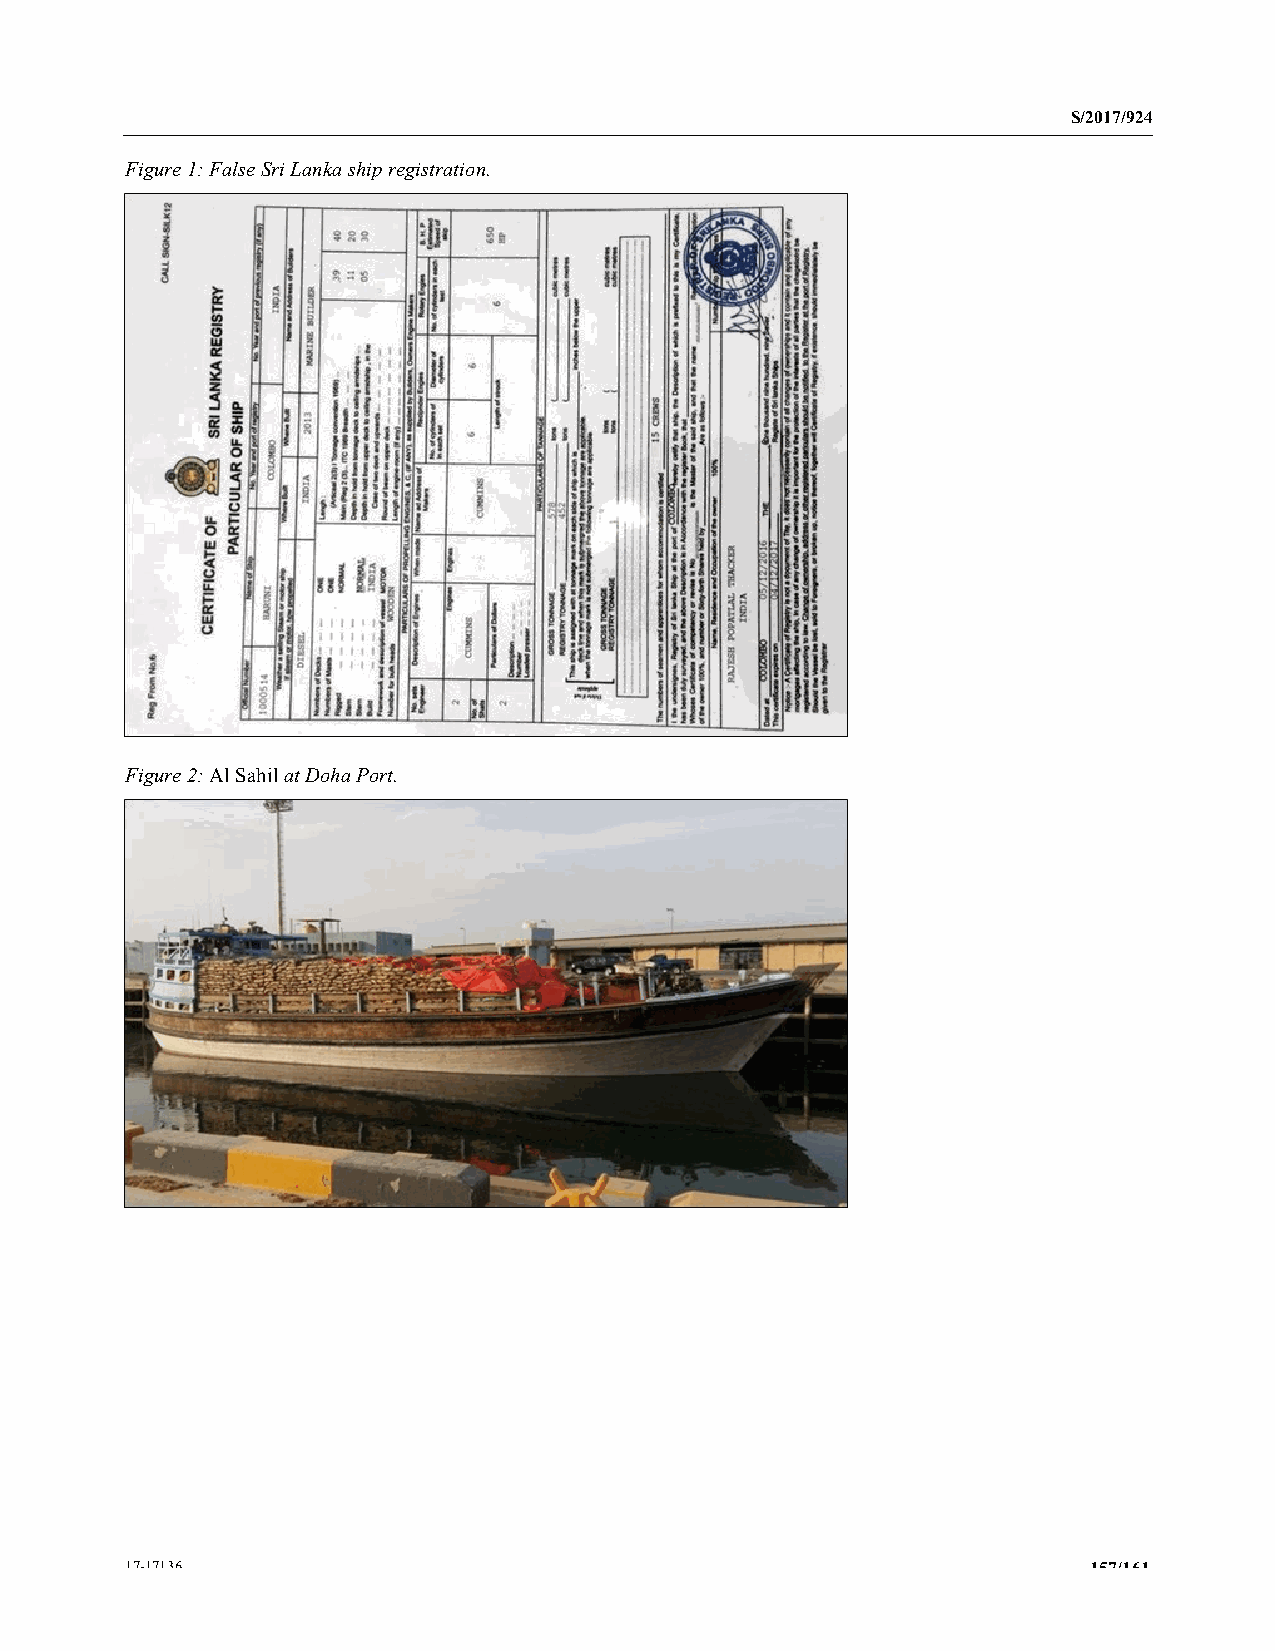
S/2017/924
 Figure 1: False Sri Lanka ship registration.
 Figure 2: Al Sahil at Doha Port.
 17-17136                                                        157/161